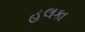
હલકા